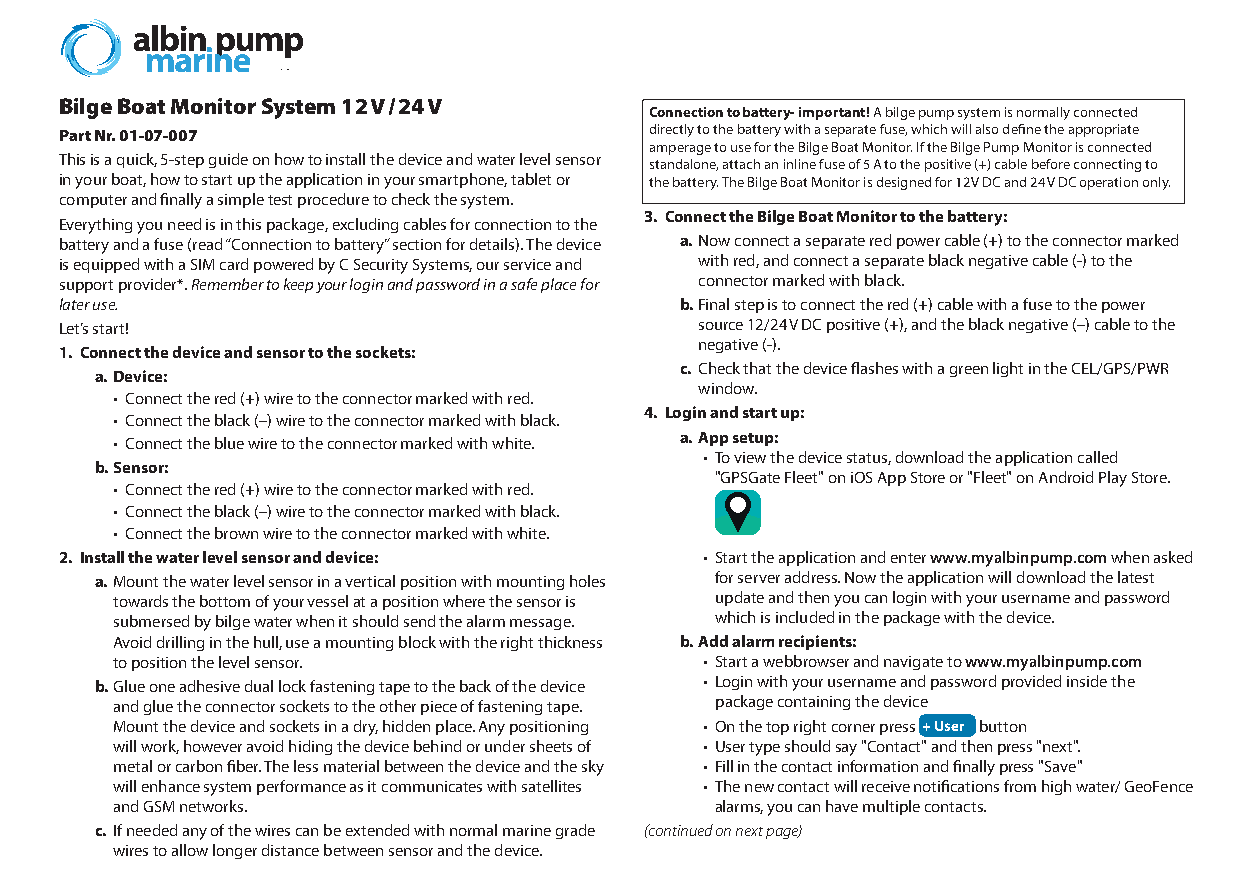
Bilge Boat Monitor System 12 V / 24 V
 Connection to battery- important! A bilge pump system is normally connected
 Part Nr. 01-07-007                     directly to the battery with a separate fuse, which will also define the appropriate
 amperage to use for the Bilge Boat Monitor. If the Bilge Pump Monitor is connected
 This is a quick, 5-step guide on how to install the device and water level sensor standalone, attach an inline fuse of 5 A to the positive (+) cable before connecting to
 in your boat, how to start up the application in your smartphone, tablet or the battery. The Bilge Boat Monitor is designed for 12 V DC and 24 V DC operation only.
 computer and finally a simple test procedure to check the system.
 3. Connect the Bilge Boat Monitor to the battery:
 Everything you need is in this package, excluding cables for connection to the
 battery and a fuse (read “Connection to battery” section for details). The device a. Now connect a separate red power cable (+) to the connector marked
 is equipped with a SIM card powered by C Security Systems, our service and with red, and connect a separate black negative cable (-) to the
 support provider*. Remember to keep your login and password in a safe place for connector marked with black.
 later use.                               b. Final step is to connect the red (+) cable with a fuse to the power
 Let’s start!                              source 12/24 V DC positive (+), and the black negative (–) cable to the
 negative (-).
 1. Connect the device and sensor to the sockets:
 c. Check that the device flashes with a green light in the CEL/GPS/PWR
 a. Device:
 window.
 • Connect the red (+) wire to the connector marked with red.
 4. Login and start up:
 • Connect the black (–) wire to the connector marked with black.
 • Connect the blue wire to the connector marked with white. a. App setup:
 • To view the device status, download the application called
 b. Sensor:
 "GPSGate Fleet" on iOS App Store or "Fleet" on Android Play Store.
 • Connect the red (+) wire to the connector marked with red.
 • Connect the black (–) wire to the connector marked with black.
 • Connect the brown wire to the connector marked with white.
 2. Install the water level sensor and device: • Start the application and enter www.myalbinpump.com when asked
 a. Mount the water level sensor in a vertical position with mounting holes for server address. Now the application will download the latest
 towards the bottom of your vessel at a position where the sensor is update and then you can login with your username and password
 submersed by bilge water when it should send the alarm message. which is included in the package with the device.
 Avoid drilling in the hull, use a mounting block with the right thickness b. Add alarm recipients:
 to position the level sensor.           • Start a webbrowser and navigate to www.myalbinpump.com
 b. Glue one adhesive dual lock fastening tape to the back of the device • Login with your username and password provided inside the
 and glue the connector sockets to the other piece of fastening tape. package containing the device
 Mount the device and sockets in a dry, hidden place. Any positioning • On the top right corner press + User button
 will work, however avoid hiding the device behind or under sheets of • User type should say "Contact" and then press "next".
 metal or carbon fiber. The less material between the device and the sky • Fill in the contact information and finally press "Save"
 will enhance system performance as it communicates with satellites • The new contact will receive notifications from high water/ GeoFence
 and GSM networks.                       alarms, you can have multiple contacts.
 c. If needed any of the wires can be extended with normal marine grade (continued on next page)
 wires to allow longer distance between sensor and the device.